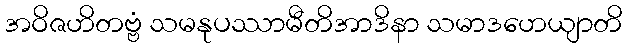
အဝိဇဟိတဗ္ဗံ သမနုပဿာမီတိအာဒိနာ သမာဒဟေယျာတိ